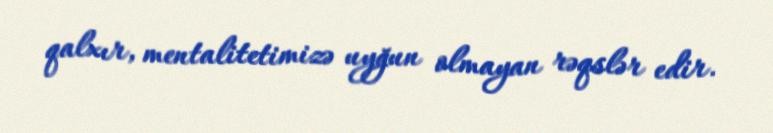
qalxır, mentalitetimizə uyğun olmayan rəqslər edir.